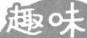
趣味